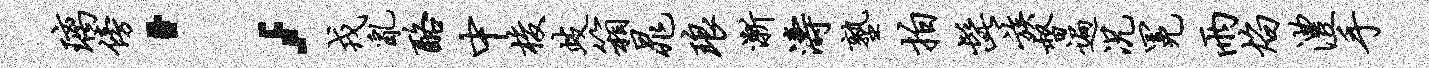
璃傍；戎乱酪中梭歧箱晁琅渐涛塾拍髭族督遍况冕雨焰澧手